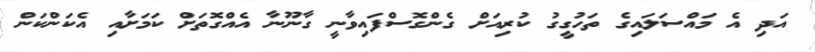
އަދި އެ މައްސަލައިގެ ތަހުގީގު ކުރިއަށް ގެންގޮސްފައިވާނީ ގާނޫނާ އެއްގޮތަށް ކަމަށާއި އެކަންކަން